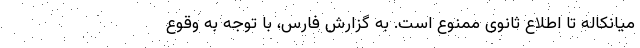
میانکاله تا اطلاع ثانوی ممنوع است. به گزارش فارس، با توجه به وقوع